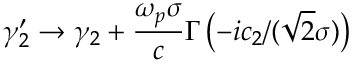
\gamma _ { 2 } ^ { \prime } \rightarrow \gamma _ { 2 } + \frac { \omega _ { p } \sigma } { c } \Gamma \left( - i c _ { 2 } / ( \sqrt { 2 } \sigma ) \right)